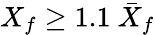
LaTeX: X_{\mathnormal{f}}\geq 1.1~\bar{X}_{\mathnormal{f}}